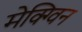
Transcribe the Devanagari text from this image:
मेक्ग्विन